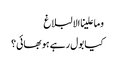
وما علینا الالبلاغ
کیا بول رہے ہو بھائی؟